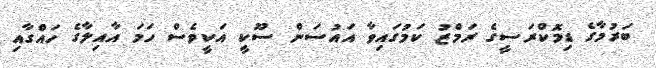
ބަރުމާގެ ޑިމޮކްރަސީގެ ރަމްޒު ކަމުގައިވާ އައުސަން ސޫކީ އަކީވެސް ހަމަ އާއިލާގެ ހައްގާއި